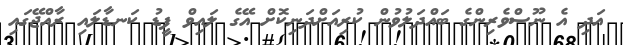
އަދި އެ ނޫސްވެރިންގެ ބައްދަލުވުން ކުރިއަށްދަނިކޮށް އޭގެ ލައިވް ފީޑު ކަނޑާލައި ރާއްޖޭގައި